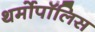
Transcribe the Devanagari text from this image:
थर्मोपॉलिस